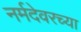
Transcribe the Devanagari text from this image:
नर्मदेवरच्या